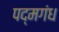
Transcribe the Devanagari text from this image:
पद्मगंध